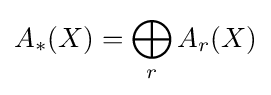
A_{*}(X)=\bigoplus _{r}A_{r}(X)